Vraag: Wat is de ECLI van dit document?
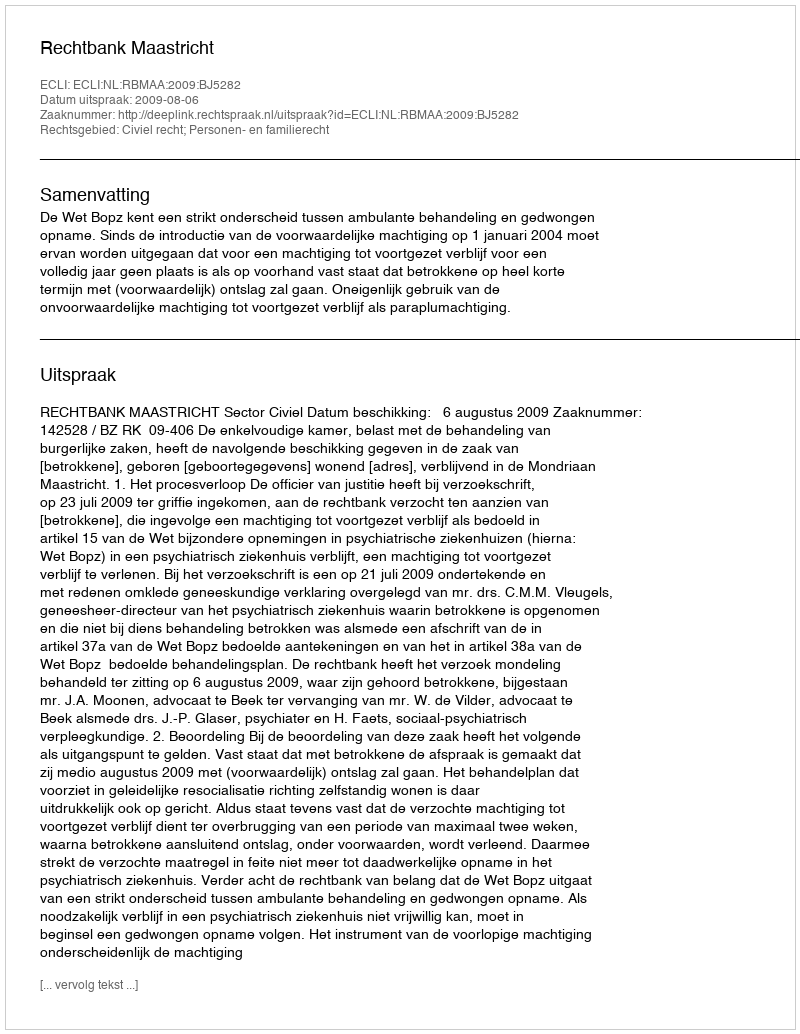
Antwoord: ECLI:NL:RBMAA:2009:BJ5282